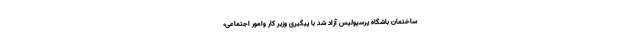
ساختمان باشگاه پرسپولیس آزاد شد با پیگیری وزیر کار وامور اجتماعی،